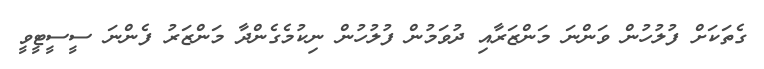
ގެތަކަށް ފުލުހުން ވަންނަ މަންޒަރާއި ދުވަމުން ފުލުހުން ނިކުމެގެންދާ މަންޒަރު ފެންނަ ސީސީޓީވީ